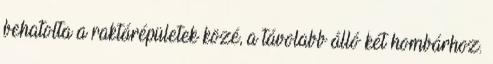
behatolta a raktárépületek közé, a távolabb álló két hombárhoz.